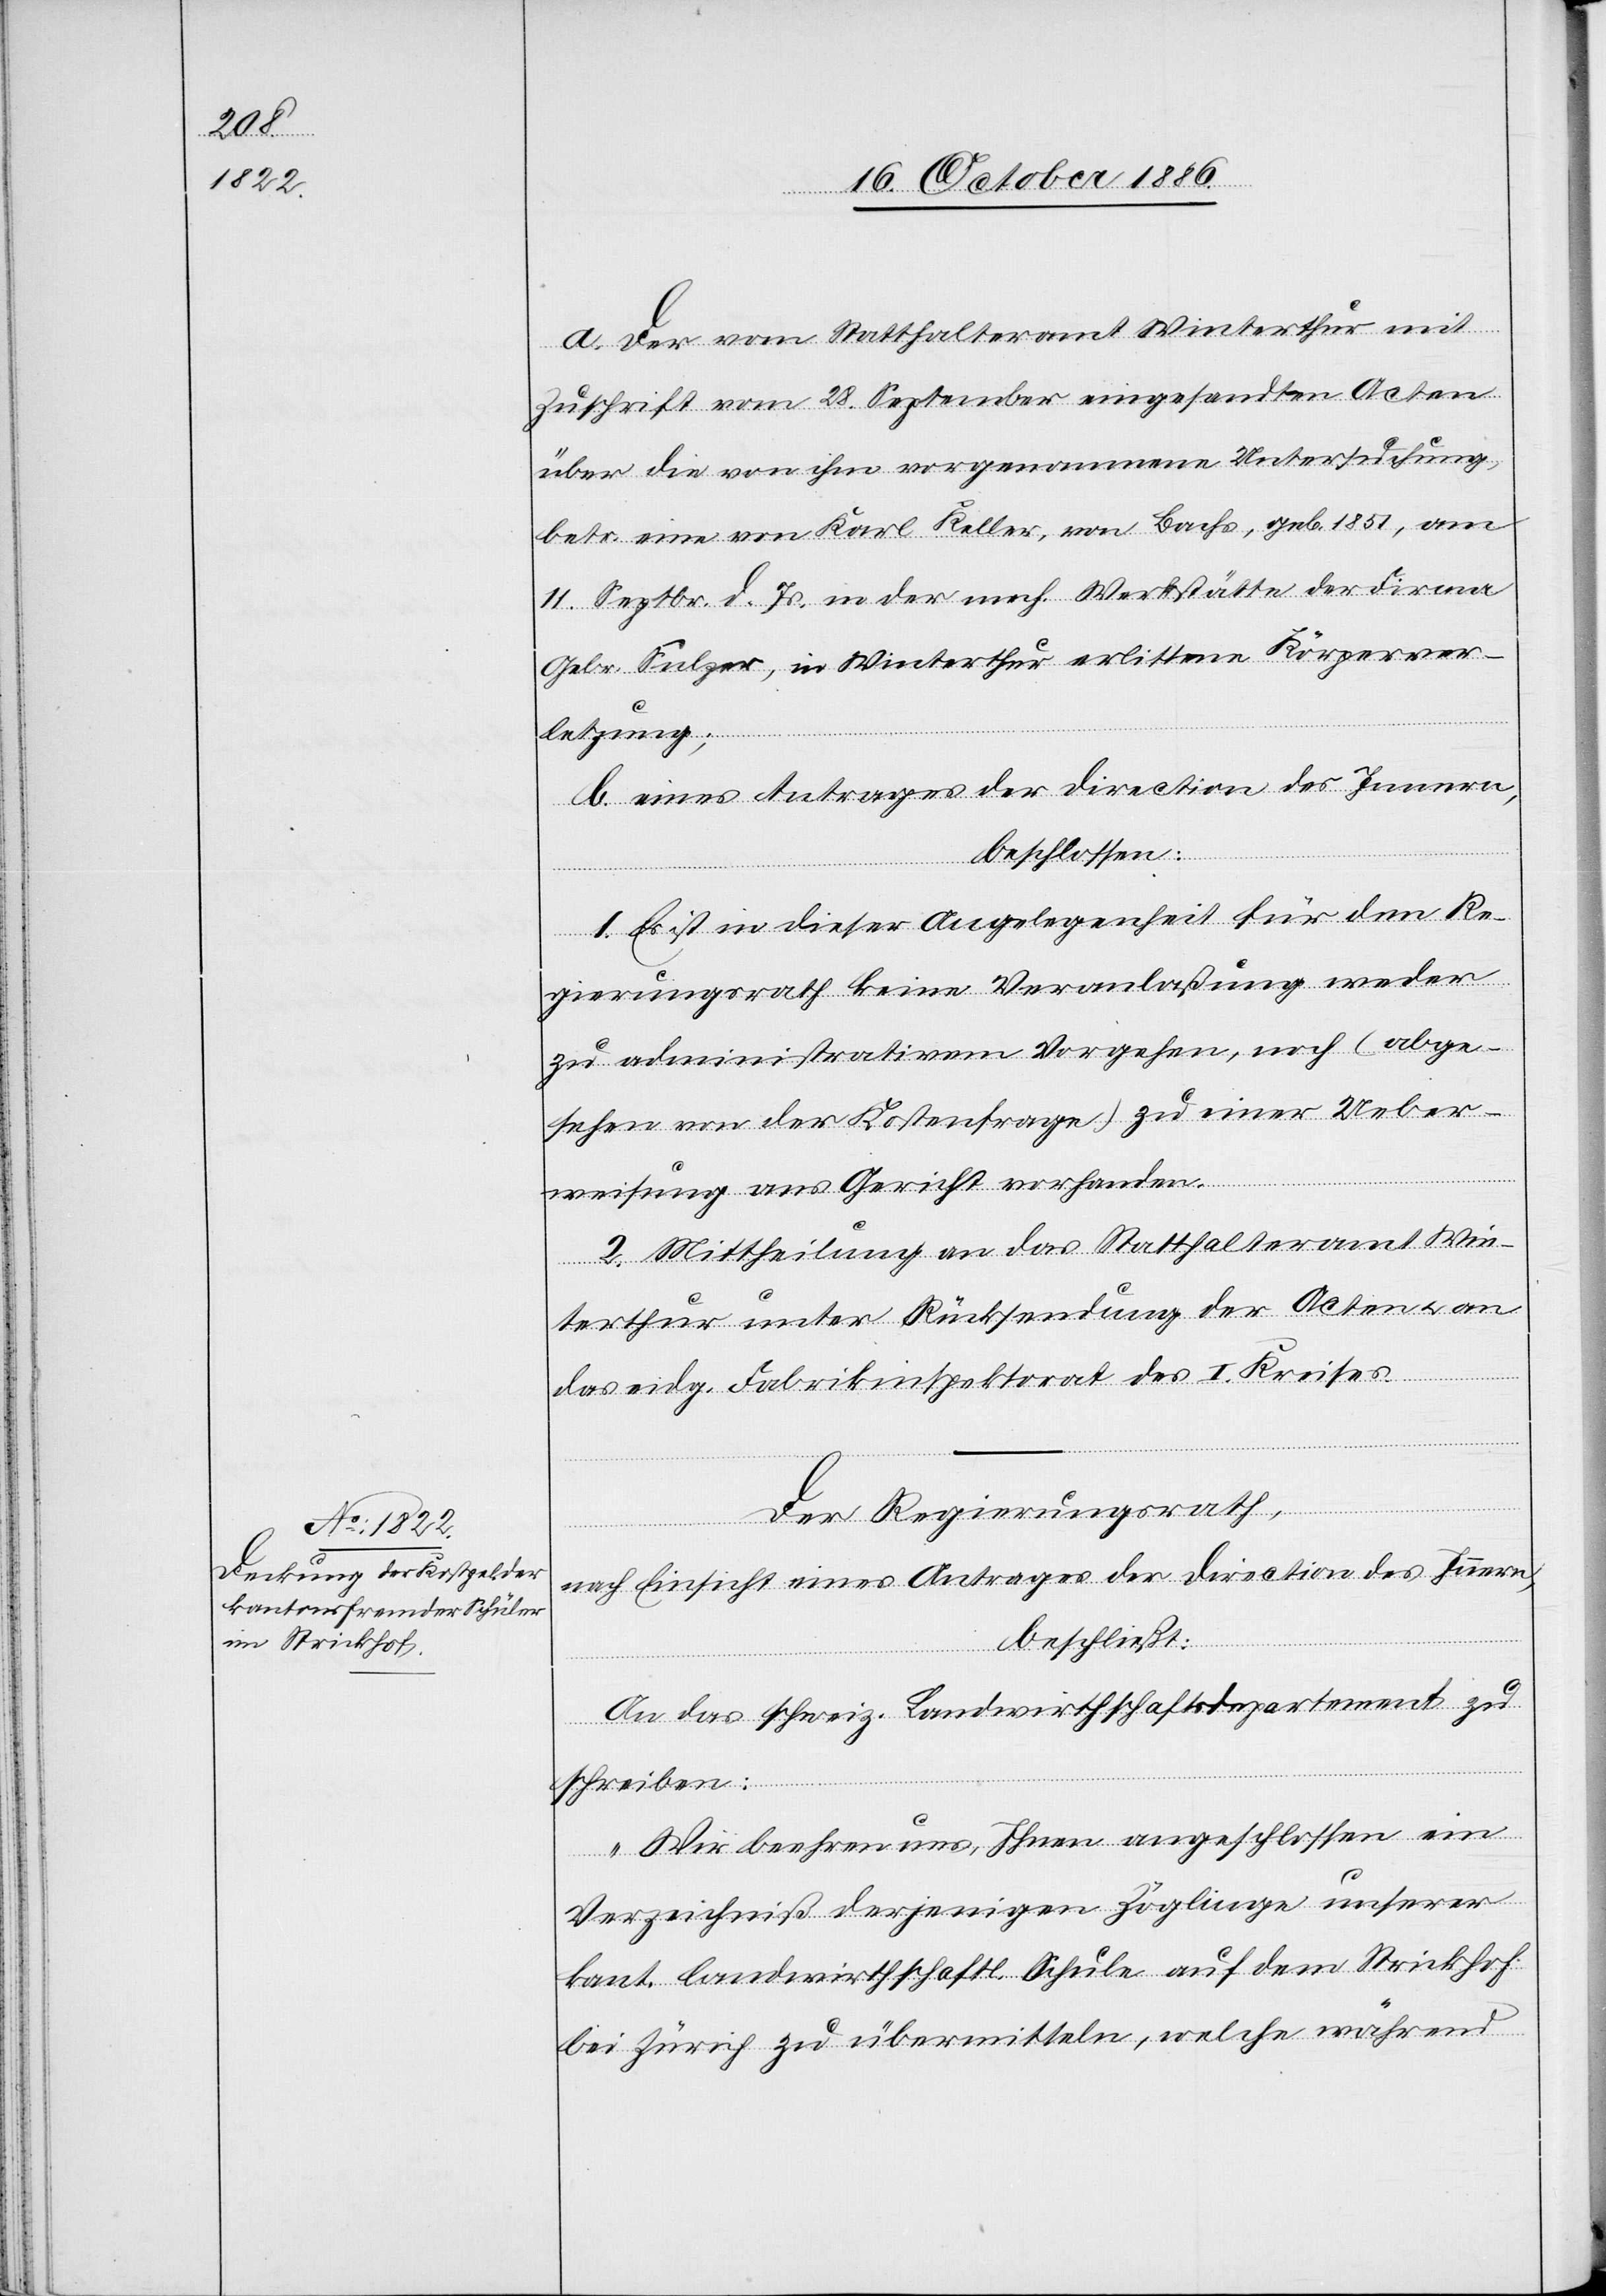
a. Der vom Statthalteramt Winterthur mit
Zuschrift vom 28. September eingesandten Acten
über die von ihm vorgenommene Untersuchung,
betr. eine von Karl Keller, von Bachs, geb. 1857, am
11. Septbr. d. Js. in der mech. Werkstätte der Firma
Gebr. Sulzer, in Winterthur erlittene Körperver¬
letzung;
b. eines Antrages der Direction des Innern,
beschlossen:
1. Es ist in dieser Angelegenheit für den Re¬
gierungsrath keine Veranlaßung weder
zu administrativem Vorgehen, noch (abge¬
sehen von der Kostenfrage) zu einer Ueber¬
weisung ans Gericht vorhanden.
2. Mittheilung an das Statthalteramt Win¬
terthur unter Rücksendung der Acten & an
das eidg. Fabrikinspektorat des I. Kreises.
Der Regierungsrath,
nach Einsicht eines Antrages der Direction des Innern,
beschließt:
An das schweiz. Landwirthschaftsdepartement zu
schreiben:
„Wir beehren uns, Ihnen angeschlossen ein
Verzeichniß derjenigen Zöglinge unserer
kant. landwirthschaftl. Schule auf dem Strickhof
bei Zürich zu übermitteln, welche während